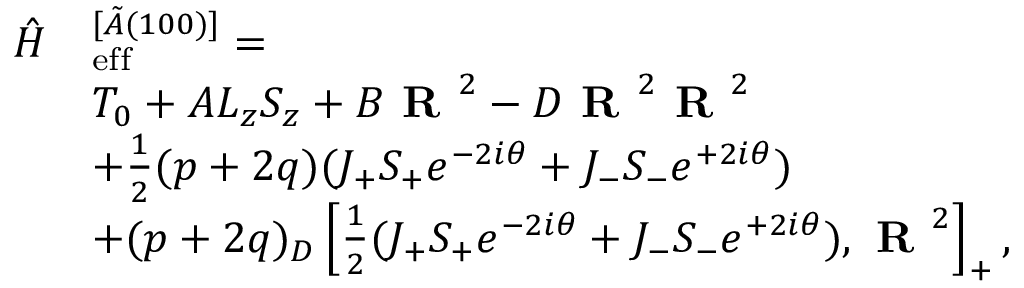
\begin{array} { r l } { \hat { H } } & { _ \mathrm { e f f } ^ { [ \tilde { A } ( 1 0 0 ) ] } = } \\ & { T _ { 0 } + A L _ { z } S _ { z } + B \textbf { R } ^ { 2 } - D \textbf { R } ^ { 2 } \textbf { R } ^ { 2 } } \\ & { + \frac { 1 } { 2 } ( p + 2 q ) ( J _ { + } S _ { + } e ^ { - 2 i \theta } + J _ { - } S _ { - } e ^ { + 2 i \theta } ) } \\ & { + ( p + 2 q ) _ { D } \left[ \frac { 1 } { 2 } ( J _ { + } S _ { + } e ^ { - 2 i \theta } + J _ { - } S _ { - } e ^ { + 2 i \theta } ) , \textbf { R } ^ { 2 } \right] _ { + } , } \end{array}